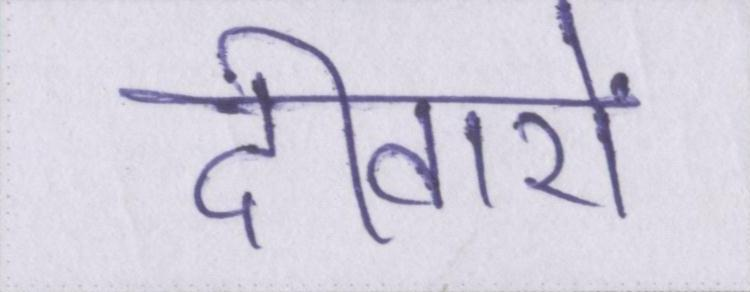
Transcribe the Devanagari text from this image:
दीवारों